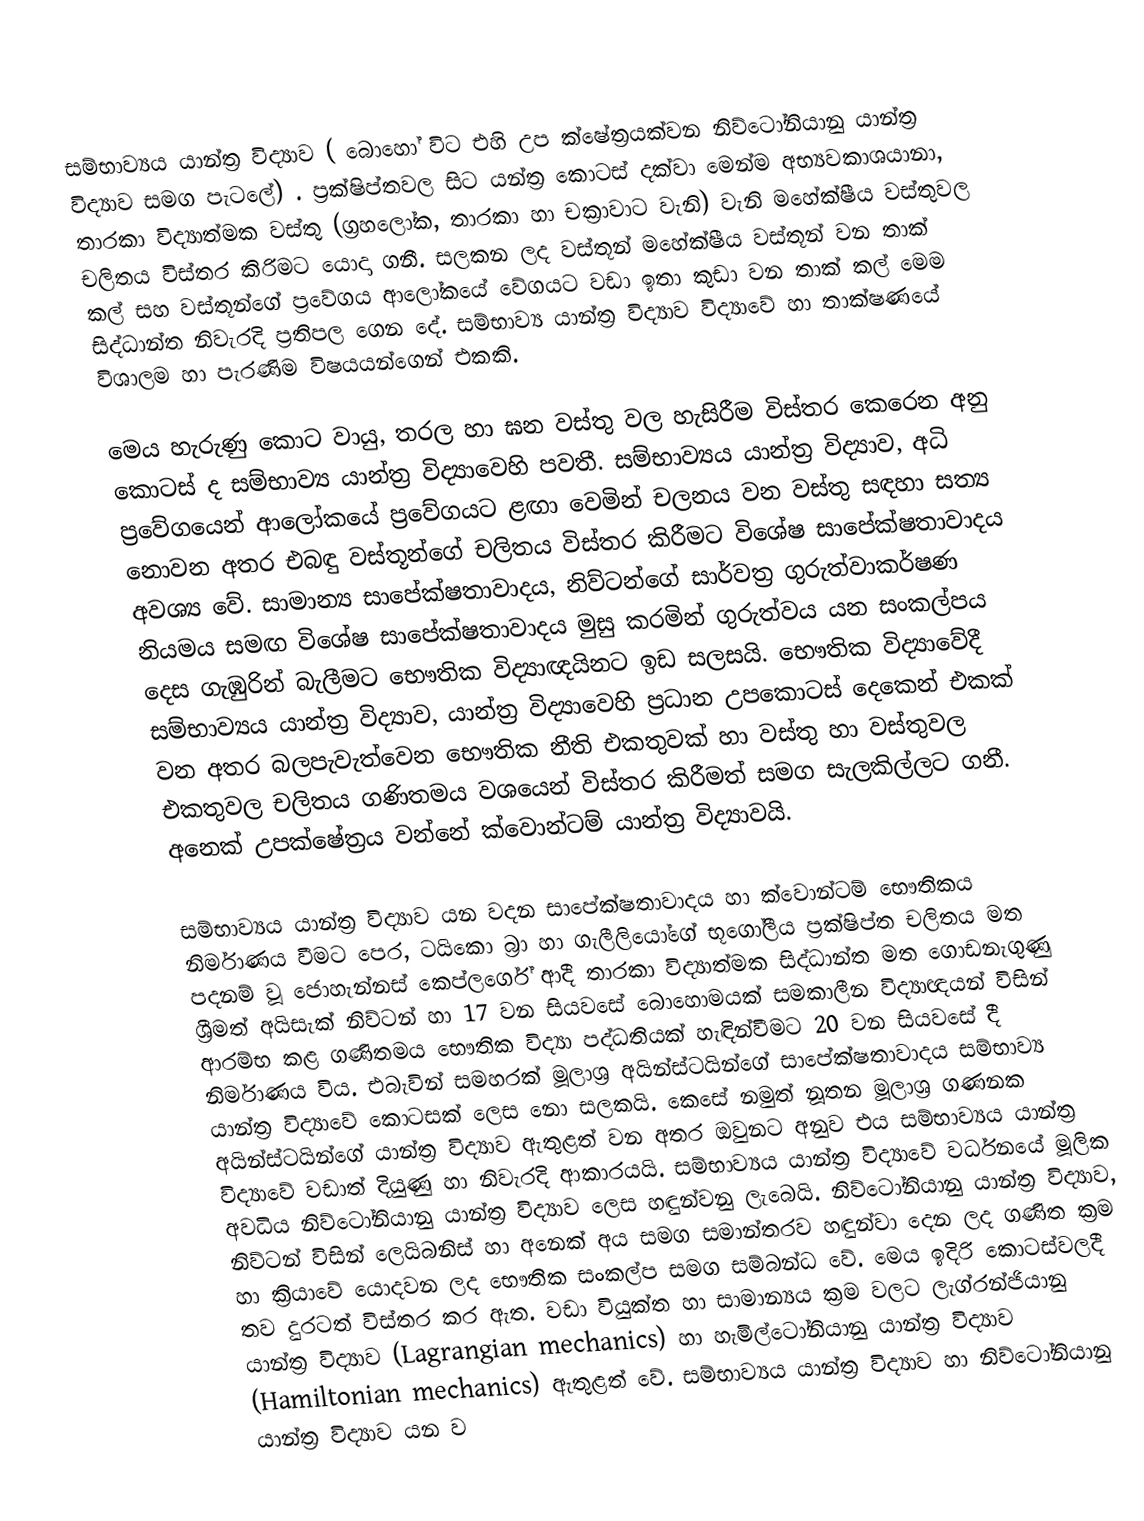
සම්භාව්‍යය යාන්ත්‍ර විද්‍යාව ( බොහෝ විට එහි උප ක්ෂේත්‍රයක්වන නිව්ටෝනියානු යාන්ත්‍ර විද්‍යාව සමග පැටලේ) . ප්‍රක්ෂිප්තවල සිට යන්ත්‍ර කොටස් දක්වා මෙන්ම අභ්‍යවකාශයානා, තාරකා විද්‍යාත්මක වස්තු (ග්‍රහලෝක, තාරකා හා චක්‍රාවාට වැනි) වැනි මහේක්ෂීය වස්තුවල චලිතය විස්තර කිරිමට යොදා ගනී. සලකන ලද වස්තූන් මහේක්ෂීය වස්තූන් වන තාක් කල් සහ වස්තූන්ගේ ප්‍රවේගය ආලෝකයේ වේගයට වඩා ඉතා කුඩා වන තාක් කල් මෙම සිද්ධාන්ත නිවැරදි ප්‍රතිපල ගෙන දේ. සම්භාව්‍ය යාන්ත්‍ර විද්‍යාව විද්‍යාවේ හා තාක්ෂණයේ විශාලම හා පැරණිම විෂයයන්ගෙන් එකකි.

මෙය හැරුණු කොට වායු, තරල හා ඝන වස්තු වල හැසිරීම විස්තර කෙරෙන අනු කොටස් ද සම්භාව්‍ය යාන්ත්‍ර විද්‍යාවෙහි පවතී. සම්භාව්‍යය යාන්ත්‍ර විද්‍යාව, අධි ප්‍රවේගයෙන් ආලෝකයේ ප්‍රවේගයට ළඟා වෙමින් චලනය වන වස්තු සඳහා සත්‍ය නොවන අතර එබඳු වස්තූන්ගේ චලිතය විස්තර කිරීමට විශේෂ සාපේක්ෂතාවාදය අවශ්‍ය වේ. සාමාන්‍ය සාපේක්ෂතාවාදය, නිව්ටන්ගේ සාර්වත්‍ර ගුරුත්වාකර්ෂණ නියමය සමඟ විශේෂ සාපේක්ෂතාවාදය මුසු කරමින් ගුරුත්වය යන සංකල්පය දෙස ගැඹුරින් බැලීමට භෞතික විද්‍යාඥයිනට ඉඩ සලසයි. භෞතික විද්‍යාවේදී සම්භාව්‍යය යාන්ත්‍ර විද්‍යාව, යාන්ත්‍ර විද්‍යාවෙහි ප්‍රධාන උපකොටස් දෙකෙන් එකක් වන අතර බලපැවැත්වෙන භෞතික නීති එකතුවක් හා වස්තු හා වස්තුවල එකතුවල චලිතය ගණිතමය වශයෙන් විස්තර කිරීමත් සමග සැලකිල්ලට ගනී. අනෙක් උපක්ෂේත්‍රය වන්නේ ක්වොන්ටම් යාන්ත්‍ර විද්‍යාවයි.

සම්භාව්‍යය යාන්ත්‍ර විද්‍යාව යන වදන සාපේක්ෂතාවාදය හා ක්වොන්ටම් භෞතිකය නිර්මාණය වීමට පෙර, ටයිකො බ්‍රා හා ගැලීලියෝගේ භූගෝලීය ප්‍රක්ෂිප්ත චලිතය මත පදනම් වූ ජොහැන්නස් කෙප්ලර්ගේ ආදී තාරකා විද්‍යාත්මක සිද්ධාන්ත මත ගොඩනැගුණු ශ්‍රීමත් අයිසැක් නිව්ටන් හා 17 වන සියවසේ බොහොමයක් සමකාලීන විද්‍යාඥයන් විසින් ආරම්භ කළ ගණිතමය භෞතික විද්‍යා පද්ධතියක් හැඳින්වීමට 20 වන සියවසේ දී නිර්මාණය විය. එබැවින් සමහරක් මූලාශ්‍ර අයින්ස්ටයින්ගේ සාපේක්ෂතාවාදය සම්භාව්‍ය යාන්ත්‍ර විද්‍යාවේ කොටසක් ලෙස නො සලකයි. කෙසේ නමුත් නූතන මූලාශ්‍ර ගණනක අයින්ස්ටයින්ගේ යාන්ත්‍ර විද්‍යාව ඇතුළත් වන අතර ඔවුනට අනුව එය සම්භාව්‍යය යාන්ත්‍ර විද්‍යාවේ වඩාත් දියුණු හා නිවැරදි ආකාරයයි. සම්භාව්‍යය යාන්ත්‍ර විද්‍යාවේ වර්ධනයේ මූලික අවධිය නිව්ටෝනියානු යාන්ත්‍ර විද්‍යාව ලෙස හඳුන්වනු ලැබෙයි. නිව්ටෝනියානු යාන්ත්‍ර විද්‍යාව, නිව්ටන් විසින් ලෙයිබනිස් හා අනෙක් අය සමග සමාන්තරව හඳුන්වා දෙන ලද ගණිත ක්‍රම හා ක්‍රියාවේ යොදවන ලද භෞතික සංකල්ප සමග සම්බන්ධ වේ. මෙය ඉදිරි කොටස්වලදී තව දුරටත් විස්තර කර ඇත. වඩා වියුක්ත හා සාමාන්‍යය ක්‍රම වලට ලැග්රන්ජියානු යාන්ත්‍ර විද්‍යාව (Lagrangian mechanics) හා හැමිල්ටෝනියානු යාන්ත්‍ර විද්‍යාව (Hamiltonian mechanics) ‍ඇතුළත් වේ. සම්භාව්‍යය යාන්ත්‍ර විද්‍යාව හා නිව්ටෝනියානු යාන්ත්‍ර විද්‍යාව යන ව